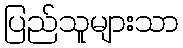
ပြည်သူများသာ